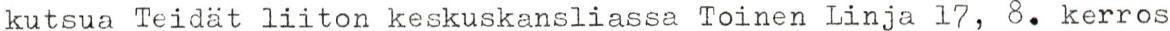
kutsua Teidät liiton keskuskansliassa Toinen Linja 17, 8. kerros